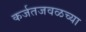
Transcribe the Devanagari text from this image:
कर्जतजवळच्या